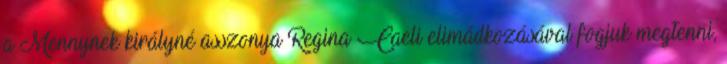
a Mennynek királyné asszonya Regina Caeli elimádkozásával fogjuk megtenni,